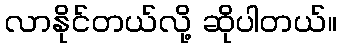
လာနိုင်တယ်လို့ ဆိုပါတယ်။